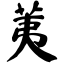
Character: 荑